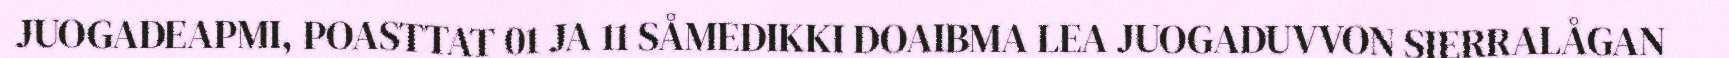
JUOGADEAPMI, POASTTAT 01 JA 11 SÅMEDIKKI DOAIBMA LEA JUOGADUVVON SIERRALÅGAN